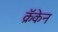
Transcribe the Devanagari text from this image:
क्रॅकेन